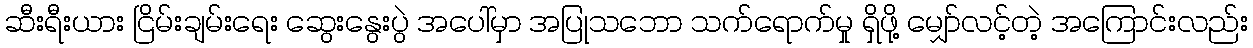
ဆီးရီးယား ငြိမ်းချမ်းရေး ဆွေးနွေးပွဲ အပေါ်မှာ အပြုသဘော သက်ရောက်မှု ရှိဖို့ မျှော်လင့်တဲ့ အကြောင်းလည်း